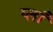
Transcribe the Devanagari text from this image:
प्लाँ